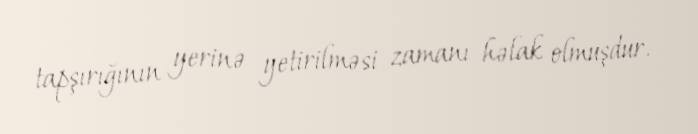
tapşırığının yerinə yetirilməsi zamanı həlak olmuşdur.